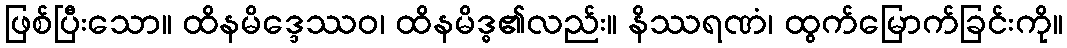
ဖြစ်ပြီးသော။ ထိနမိဒ္ဒေဿဝ၊ ထိနမိဒ္ဓ၏လည်း။ နိဿရဏံ၊ ထွက်မြောက်ခြင်းကို။